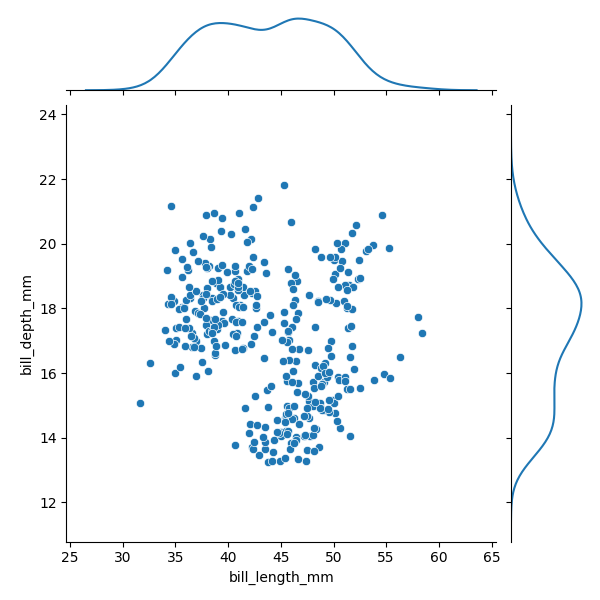
python, seaborn, JointGrid, scatterplot, kdeplot